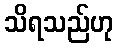
သိရသည်ဟု